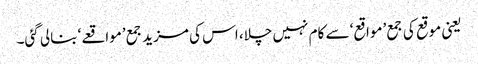
یعنی موقع کی جمع ’مواقع‘ سے کام نہیں چلا، اس کی مزید جمع ’مواقعے‘ بنالی گئی۔